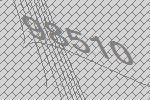
98510